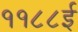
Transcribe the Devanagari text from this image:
११८८ई